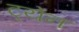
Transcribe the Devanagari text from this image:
ट्येन